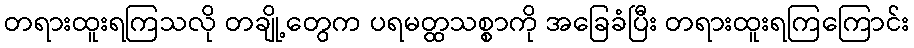
တရားထူးရကြသလို တချို့တွေက ပရမတ္ထသစ္စာကို အခြေခံပြီး တရားထူးရကြကြောင်း